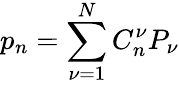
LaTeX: p_{n}=\sum_{\nu=1}^{N}C_{n}^{\nu}P_{\nu}